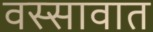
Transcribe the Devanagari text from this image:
वस्सावात